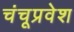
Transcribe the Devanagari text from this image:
चंचूप्रवेश